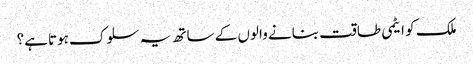
ملک کو ایٹمی طاقت بنانے والوں کے ساتھ یہ سلوک ہوتاہے؟